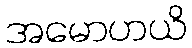
အမောဟယိ